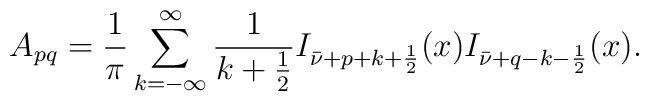
A_{pq} = \frac 1\pi \sum_{k = -\infty}^\infty \frac 1{k + \frac 12} I_{\bar\nu + p + k + \frac 12 }(x) I_{\bar\nu  + q - k - \frac 12 }(x).